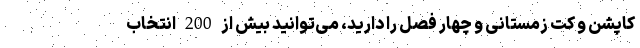
کاپشن و کت زمستانی و چهار فصل را دارید، می‌توانید بیش از 200 انتخاب